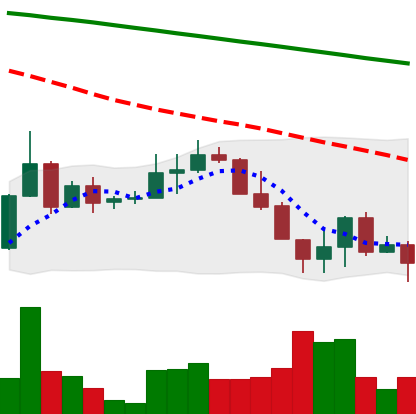
Ticker: ADA-USD
Chart end date: 2022-06-18
Forward return: 5.285%
Label: up_5_7